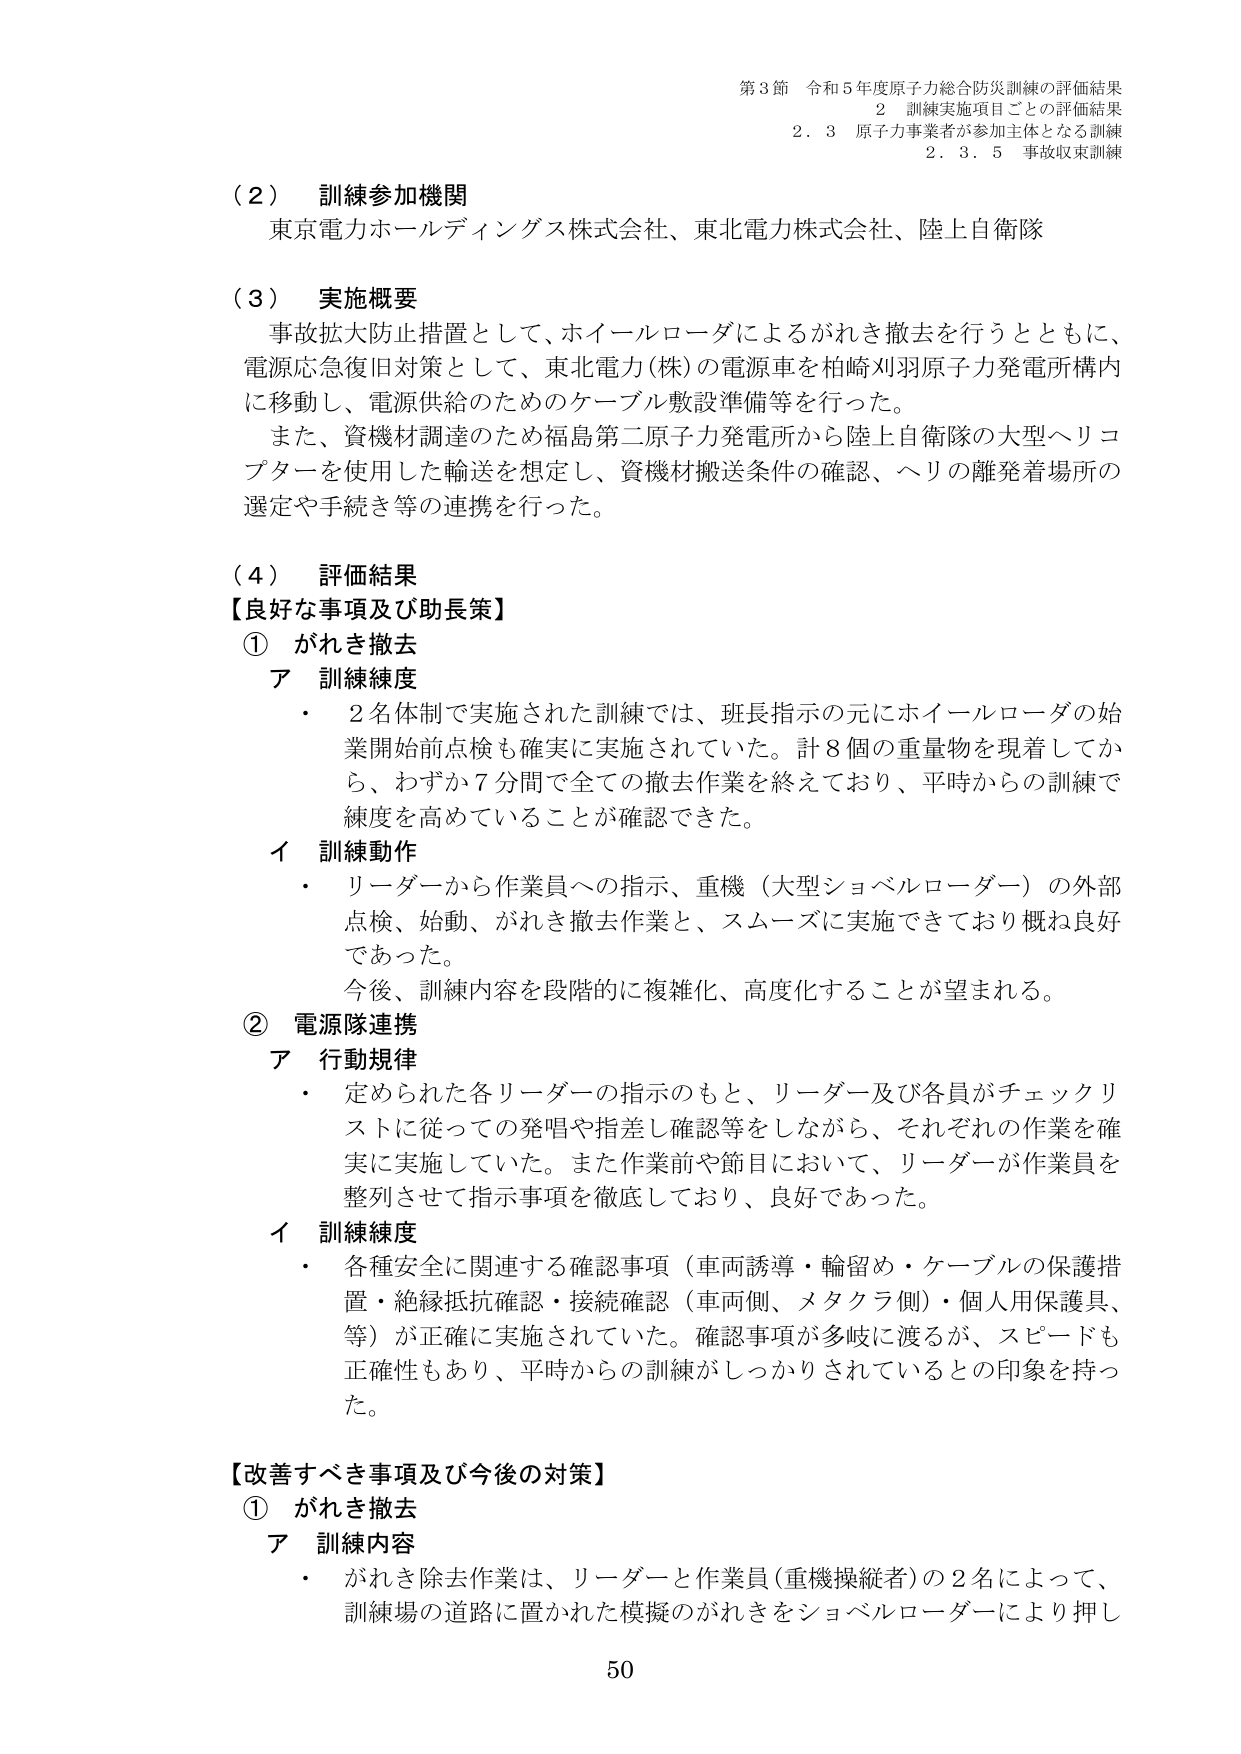
第3節 令和5年度原子力総合防災訓練の評価結果
2 訓練実施項目ごとの評価結果
2.3 原子力事業者が参加主体となる訓練
2.3.5 事故収束訓練

（2） 訓練参加機関
東京電力ホールディングス株式会社、東北電力株式会社、陸上自衛隊

（3） 実施概要
事故拡大防止措置として、ホイールローダによるがれき撤去を行うとともに、
電源応急復旧対策として、東北電力(株)の電源車を柏崎刈羽原子力発電所構内
に移動し、電源供給のためのケーブル敷設準備等を行った。
また、資機材調達のため福島第二原子力発電所から陸上自衛隊の大型ヘリコプターを使用した輸送を想定し、資機材搬送条件の確認、ヘリの離発着場所の選定や手続き等の連携を行った。

（4） 評価結果
【良好な事項及び助長策】
① がれき撤去
ア 訓練練度
・ 2名体制で実施された訓練では、班長指示の元にホイールローダの始業開始前点検も確実に実施されていた。計8個の重量物を現着してから、わずか7分間で全ての撤去作業を終えており、平時からの訓練で練度を高めていることが確認できた。
イ 訓練動作
・ リーダーから作業員への指示、重機（大型ショベルローダー）の外部点検、始動、がれき撤去作業と、スムーズに実施できており概ね良好であった。
今後、訓練内容を段階的に複雑化、高度化することが望まれる。

② 電源隊連携
ア 行動規律
・ 定められた各リーダーの指示のもと、リーダー及び各員がチェックリストに従っての発唱や指差し確認等をしながら、それぞれの作業を確実に実施していた。また作業前や節目において、リーダーが作業員を整列させて指示事項を徹底しており、良好であった。
イ 訓練練度
・ 各種安全に関連する確認事項（車両誘導・輪留め・ケーブルの保護措置・絶縁抵抗確認・接続確認（車両側、メタクラ側）・個人用保護具、等）が正確に実施されていた。確認事項が多岐に渡るが、スピードも正確性もあり、平時からの訓練がしっかりされているとの印象を持った。

【改善すべき事項及び今後の対策】
① がれき撤去
ア 訓練内容
・ がれき除去作業は、リーダーと作業員（重機操縦者）の2名によって、訓練場の道路に置かれた模擬のがれきをショベルローダーにより押し

50